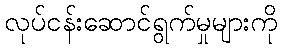
လုပ်ငန်းဆောင်ရွက်မှုများကို